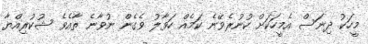
މީހަކު ދިނަސް އެމީހަކަށް ކުނުރެވޭނެ ކަމެއް ހަވާލު ވެގެން ނުވާނެ ތާއެވެ ޝުކުރިއްޔާ